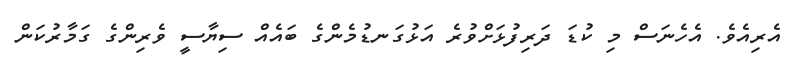
އެރިއެވެ. އެހެނަސް މި ކުޑަ ދަރިފުޅަށްވުރެ އަޅުގަނޑުމެންގެ ބައެއް ސިޔާސީ ވެރިންގެ ގަމާރުކަން